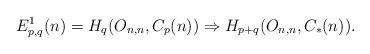
LaTeX: \begin{align*}E^{1}_{p,q}(n) &= H_{q}(O_{n,n}, C_{p}(n)) \Rightarrow H_{p+q}(O_{n,n}, C_{*}(n)) .\end{align*}